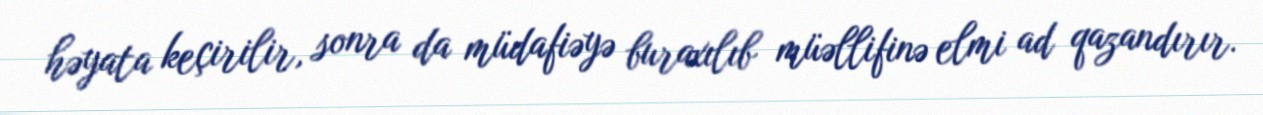
həyata keçirilir, sonra da müdafiəyə buraxılıb müəllifinə elmi ad qazandırır.